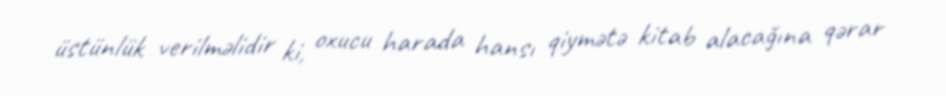
üstünlük verilməlidir ki, oxucu harada hansı qiymətə kitab alacağına qərar